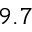
9 . 7